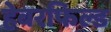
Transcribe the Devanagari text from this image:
हेबरफिल्ड